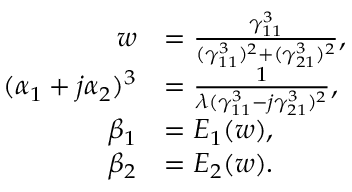
\begin{array} { r l } { w } & { = \frac { \gamma _ { 1 1 } ^ { 3 } } { ( \gamma _ { 1 1 } ^ { 3 } ) ^ { 2 } + ( \gamma _ { 2 1 } ^ { 3 } ) ^ { 2 } } , } \\ { ( \alpha _ { 1 } + j \alpha _ { 2 } ) ^ { 3 } } & { = \frac { 1 } { \lambda ( \gamma _ { 1 1 } ^ { 3 } - j \gamma _ { 2 1 } ^ { 3 } ) ^ { 2 } } , } \\ { \beta _ { 1 } } & { = E _ { 1 } ( w ) , } \\ { \beta _ { 2 } } & { = E _ { 2 } ( w ) . } \end{array}